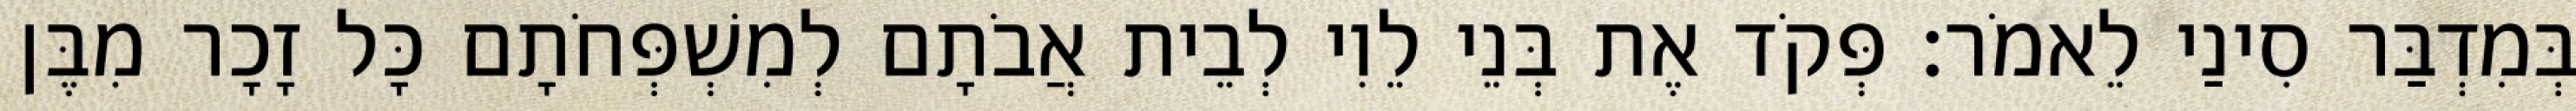
בְּמִדְבַּר סִינַי לֵאמֹר׃ פְּקֹד אֶת בְּנֵי לֵוִי לְבֵית אֲבֹתָם לְמִשְׁפְּחֹתָם כָּל זָכָר מִבֶּן